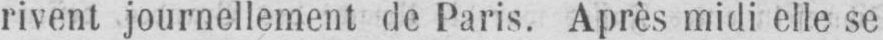
rivent journellement de Paris. Après midi elle se